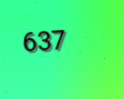
637